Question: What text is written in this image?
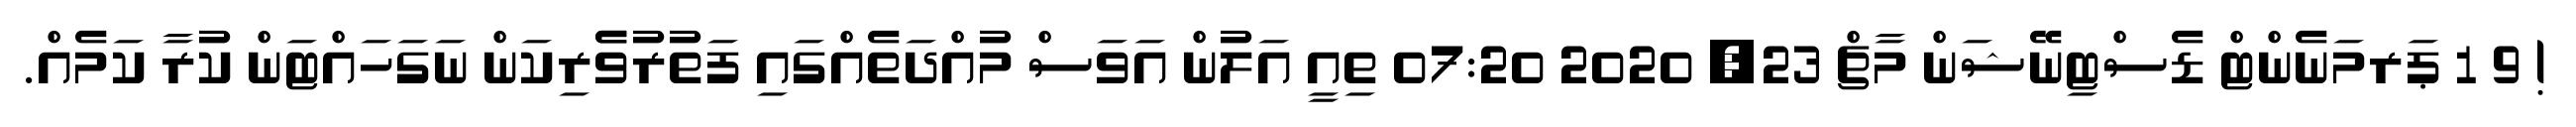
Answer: ! 9 1 ޕަރމަނެންޓް ޑެސްޓިނޭޝަން މާޗް 23, 2020 07:20 ތިއީ އަލުން އަވަސް މުއްދަތެއްގައި ފަތުރުވެެރިކަން ނަގަހައްޓަން ކުރާ ކަމެއް.